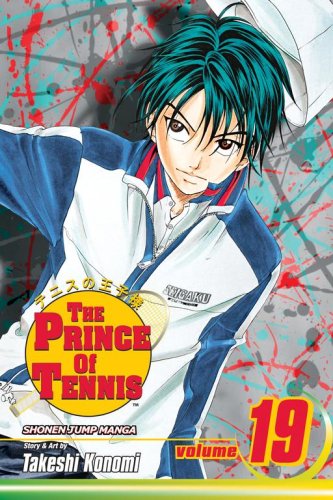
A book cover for The Prince of Tennis, Vol. 19; Takeshi Konomi; Comics & Graphic Novels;